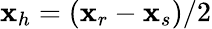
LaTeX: {\mathbf x}_{h}=({\mathbf x}_{r}-{\mathbf x}_{s})/2